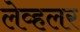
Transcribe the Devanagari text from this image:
लेव्हलर